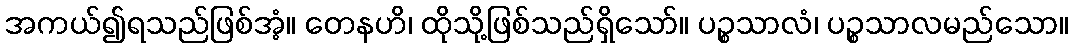
အကယ်၍ရသည်ဖြစ်အံ့။ တေနဟိ၊ ထိုသို့ဖြစ်သည်ရှိသော်။ ပဉ္စသာလံ၊ ပဉ္စသာလမည်သော။